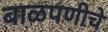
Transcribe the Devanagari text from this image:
बाळपणीचे